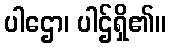
ပါဌော၊ ပါဌ်ရှိ၏။